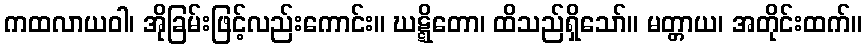
ကထလာယဝါ၊ အိုခြမ်းဖြင့်လည်းကောင်း။ ဃဋ္ဋိတော၊ ထိသည်ရှိသော်။ မတ္တာယ၊ အတိုင်းထက်။